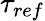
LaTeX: \tau_{ref}